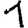
Digit: 1